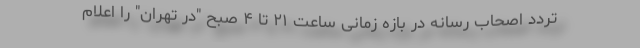
تردد اصحاب رسانه در بازه زمانی ساعت ۲۱ تا ۴ صبح "در تهران" را اعلام